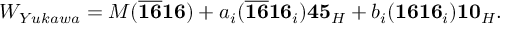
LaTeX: W _ { Y u k a w a } = M ( \overline { { { { \bf 1 6 } } } } { \bf 1 6 } ) + a _ { i } ( \overline { { { { \bf 1 6 } } } } { \bf 1 6 } _ { i } ) { \bf 4 5 } _ { H } + b _ { i } ( { \bf 1 6 } { \bf 1 6 } _ { i } ) { \bf 1 0 } _ { H } .